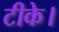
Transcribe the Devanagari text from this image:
टीके।